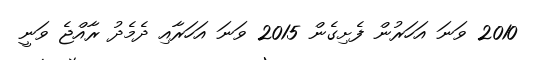
2010 ވަނަ އަހަރުން ފެށިގެން 2015 ވަނަ އަހަރާއި ދެމެދު ރާއްޖެ ވަނީ